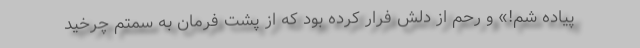
پیاده شم!» و رحم از دلش فرار کرده بود که از پشت فرمان به سمتم چرخید